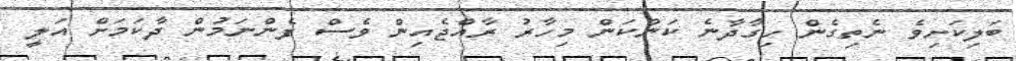
ބަލިކަށިވެ ނެތިގެން ހިގާދާނެ ކަންކަން މިހާރު ރާއްޖެއިން ވެސް ފެންނަމުން ދާކަމަށް އަލީ